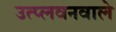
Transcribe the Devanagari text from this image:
उत्प्लवनवाले